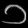
Digit: ၁